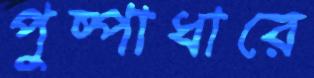
পুষ্পাধারে